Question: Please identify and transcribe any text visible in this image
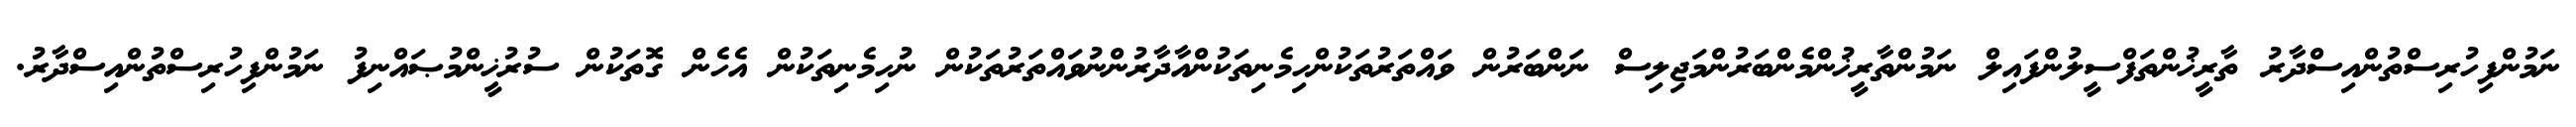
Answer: ނަމުންފިހުރިސްތުންއިސްދާރު ތާރީޚުންތަފްސީލުންފައިލް ނަމުންތާރީޚުންމެންބަރުންމަޖިލިސް ނަންބަރުން ވައްތަރުތަކުންހިމެނިތަކުންއާދާރުންނުވައްތަރުތަކުން ނުހިމެނިތަކުން އެހެން ގޮތަކުން ސުރުޚީންމުޞައްނިފު ނަމުންފިހުރިސްތުންއިސްދާރު.